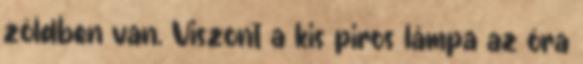
zöldben van. Viszont a kis piros lámpa az óra